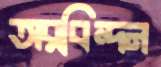
অরবিন্দন